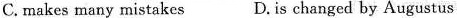
C. makes many mistakes D. Is changed by Augustus